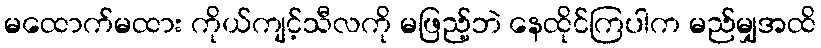
မထောက်မထား ကိုယ်ကျင့်သီလကို မဖြည့်ဘဲ နေထိုင်ကြပါက မည်မျှအထိ